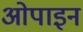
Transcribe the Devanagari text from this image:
ओपाइन